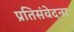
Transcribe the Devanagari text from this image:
प्रतिसंवेदना